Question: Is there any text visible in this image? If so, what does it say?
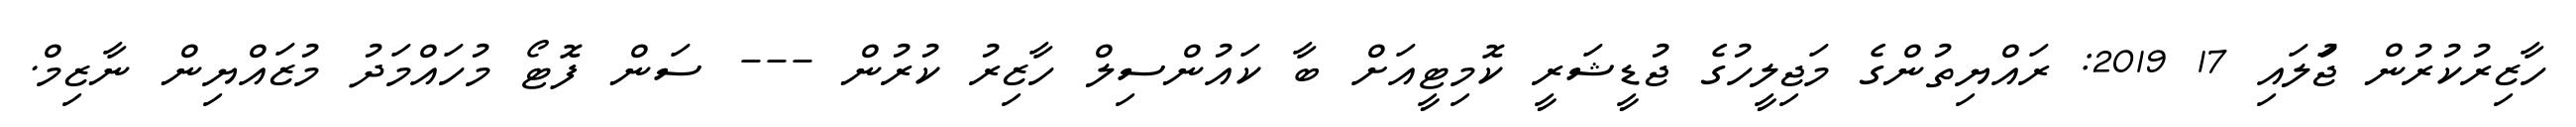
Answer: ހާޒިރުކުރުން ޖުަލައި 17 2019: ރައްޔިތުންގެ މަޖިލީހުގެ ޖުޑީޝަރީ ކޮމިޓީއަށް ބާ ކައުންސިލް ހާޒިރު ކުރުން --- ސަން ފޮޓޯ މުހައްމަދު މުޒައްޔިން ނާޒިމް.